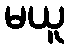
မယူ